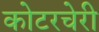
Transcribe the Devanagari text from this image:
कोटरचेरी